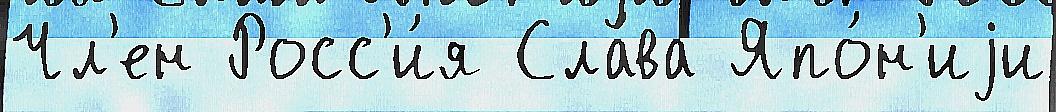
Чл'ен Росс'и́я Сла́ва Япо́н'иjи